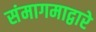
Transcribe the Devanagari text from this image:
संमागमाद्वारे